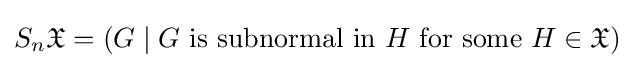
S_{n}{\mathfrak {X}}=(G\mid G{\text{ is subnormal in }}H{\text{ for some }}H\in {\mathfrak {X}})